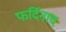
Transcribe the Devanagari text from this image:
फर्दिनाद